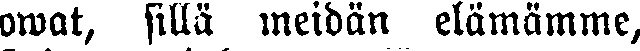
owat, sillä meidän elämämme,